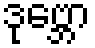
ဒုဗ္ဘော